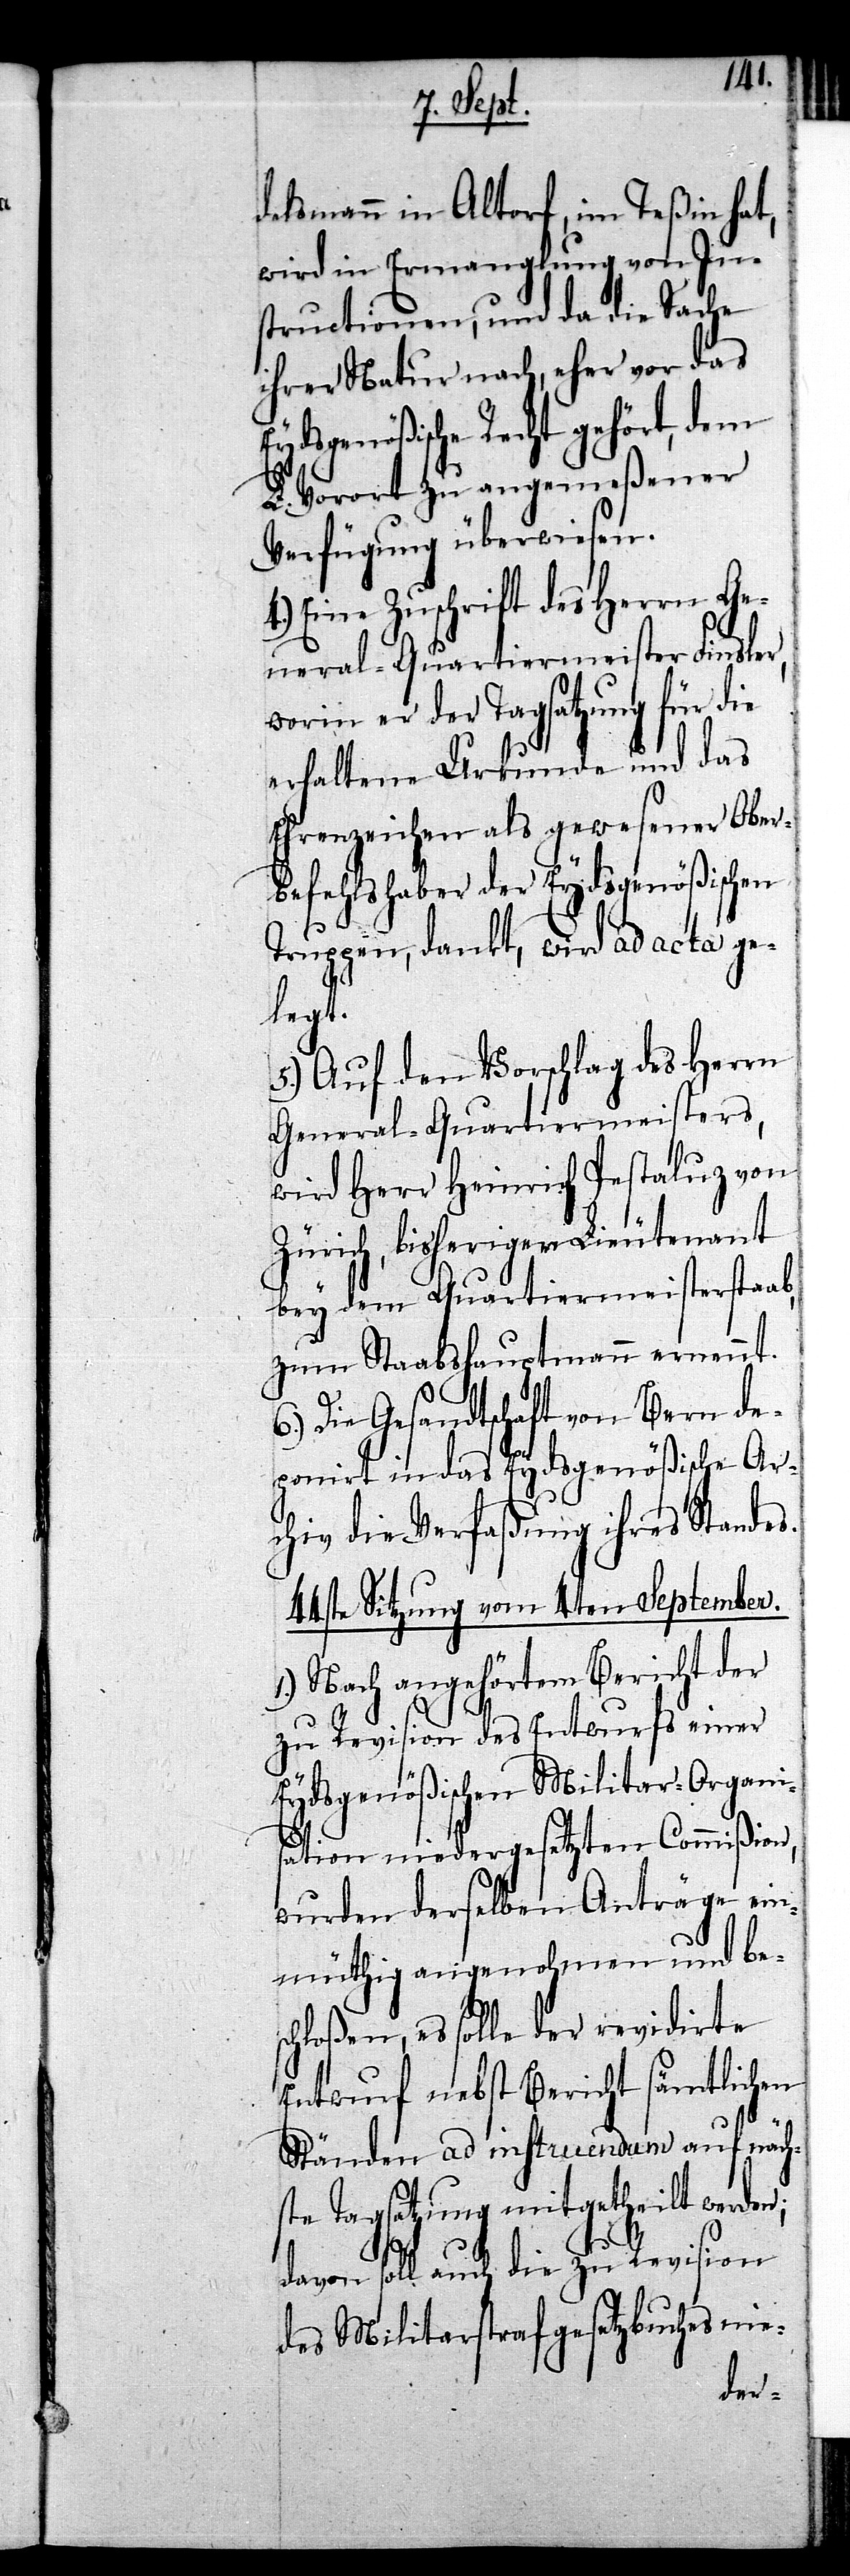
delsmann in Altorf, im Teßin hat,
wird in Ermangelung von In¬
structionen, und da die Sache
ihrer Natur nach, eher vor das
Eydsgenößische Recht ge¬
L. Vorort zu angemeßener
Verfügung überwiesen.
4.) Eine Zuschrift des Herrn Ge¬
neral-Quartiermeister Finsle¬
worin er der Tagsatzung für die
erhaltene Urkunde und das
Ehrenzeichen als gewesener Ober¬
befehlshaber der Eydsgenößischen
Truppen, dankt, wird ad acta ge¬
legt.
5.) Auf den Vorschlag des Herrn
General-Quartiermeisters,
wird Herr Heinrich Pestaluz von
Zürich, bisheriger Lieutenant
bey dem Quartiermeisterstaab,
zum Staabshauptmann ernennt.
Die Gesandtschaft von Bern de¬
ponirt in das Eydsgenößische Ar¬
chiv die Verfaßung ihres Standes.
44ste Sitzung vom 4. September.
1.) Nach angehörtem Bericht der
zu Revision des Entwurfs einer
Eydsgenößischen Militar-Organis¬
ation niedergesetzten Commißion,
wurden derselben Anträge ein¬
müthig angenohmen und be¬
schloßen, es solle der revidirte
Entwurf nebst Bericht sämtlichen
Ständen ad instruendum auf näch¬
ste Tagsatzung mitgetheilt werden;
davon soll auch die zu Revision
des Militarstrafgesetzbuches nie-